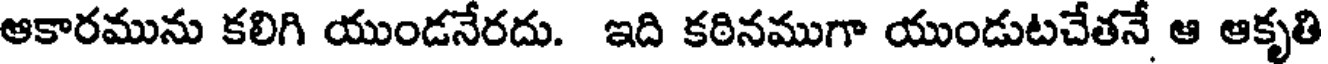
ఆకారమును కలిగి యుండనేరదు. ఇది కఠినముగా యుండుటచేతనే ఆ ఆకృతి